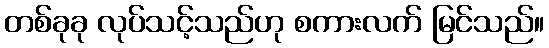
တစ်ခုခု လုပ်သင့်သည်ဟု စကားလက် မြင်သည်။